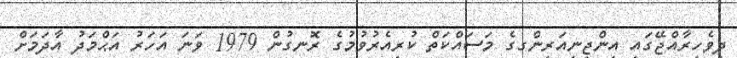
ދިވެހިރާއްޖޭގައި އިންޖިނިއަރިންގގެ މަސައްކަތް ކުރިއެރުވުމުގެ ރޮނގުން 1979 ވަނަ އަހަރު އަޙްމަދު އާދަމަށް